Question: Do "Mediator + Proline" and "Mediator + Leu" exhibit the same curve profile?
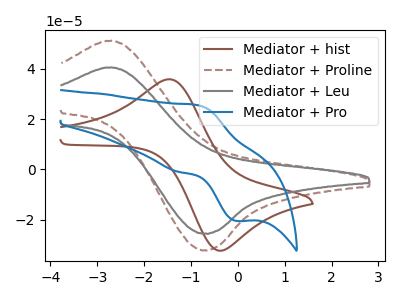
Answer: <think>The brown curve "Mediator + hist" has an anodic peak at (-1.45V, 35.90uA) and a cathodic peak at (-0.45V, -32.20uA). The brown dashed curve "Mediator + Proline" has an anodic peak at (-2.70V, 51.15uA) and a cathodic peak at (-0.70V, -32.15uA). The gray curve "Mediator + Leu" has an anodic peak at (-2.70V, 40.55uA) and a cathodic peak at (-0.70V, -25.50uA). The blue curve "Mediator + Pro" has an anodic peak at (-0.85V, 25.65uA) and a cathodic peak at (-0.05V, -20.50uA).
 All the peaks in "Mediator + Proline" have a peak in "Mediator + Leu" at the same potential. Every peak in "Mediator + Proline" is higher than every peak in "Mediator + Leu".</think>
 <answer>"Mediator + Proline" and "Mediator + Leu" are similar in shape.</answer>
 <eval>same_shape</eval>